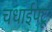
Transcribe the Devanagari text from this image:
चधाईपटू